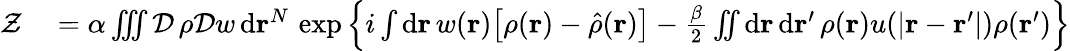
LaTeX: \begin{array}{rl}{\mathcal{Z}}&{{}=\alpha\iiint\mathcal{D}\, \rho\mathcal{D}w\, \mathrm{d}\mathbf{r}^{N}\, \exp\left\{ i\int\mathrm{d}\mathbf{r}\, w(\mathbf{r})\big[\rho(\mathbf{r})-\hat{\rho}(\mathbf{r})\big]-\frac{\beta}{2}\iint\mathrm{d}\mathbf{r}\, \mathrm{d}\mathbf{r}^{\prime}\, \rho(\mathbf{r})u(\vert\mathbf{r}-\mathbf{r}^{\prime}\vert)\rho(\mathbf{r}^{\prime})\right\} }\end{array}